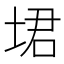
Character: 𪣣